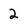
Character: 2